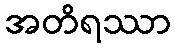
အတိရဿာ